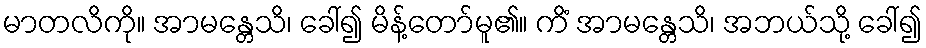
မာတလိကို။ အာမန္တေသိ၊ ခေါ်၍ မိန့်တော်မူ၏။ ကိံ အာမန္တေသိ၊ အဘယ်သို့ ခေါ်၍